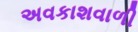
અવકાશવાળી